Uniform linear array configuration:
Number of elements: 48
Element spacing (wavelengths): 0.5
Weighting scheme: exponential
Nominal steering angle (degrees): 0
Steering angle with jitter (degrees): -0.2718
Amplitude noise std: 0.05
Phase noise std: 0.05

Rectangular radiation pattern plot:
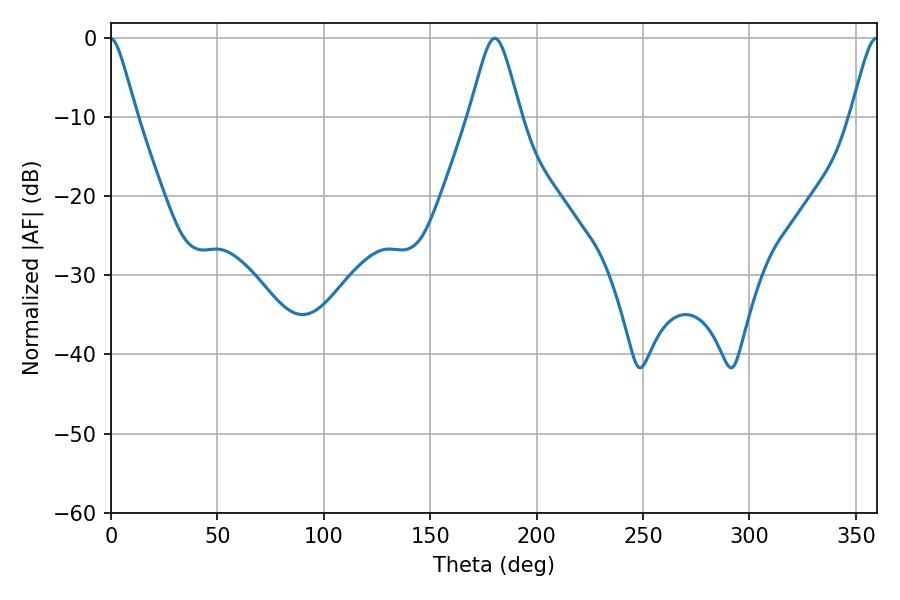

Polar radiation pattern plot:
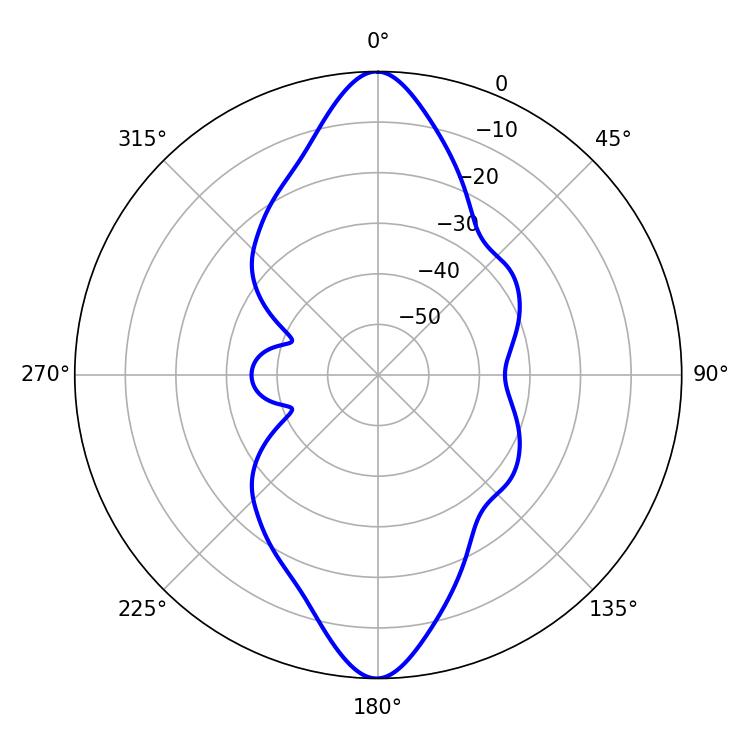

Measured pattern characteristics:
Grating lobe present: FALSE
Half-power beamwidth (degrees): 11.52
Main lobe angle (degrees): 180.36